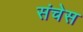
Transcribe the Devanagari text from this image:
संचेस